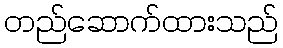
တည်ဆောက်ထားသည်